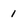
Character: 1